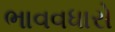
ભાવવધારો